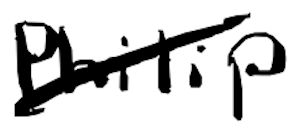
Text: Philip
Cross-out: diagonal
Writing tool: digital_black